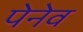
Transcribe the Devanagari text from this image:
पेनेव